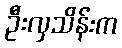
ဦးလှသိန်းက